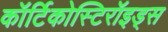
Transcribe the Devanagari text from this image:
कॉर्टिकोस्टिरॉइड्स